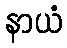
နာယံ